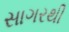
સાગરથી